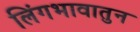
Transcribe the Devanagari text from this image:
लिंगभावातुन